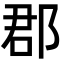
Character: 郡